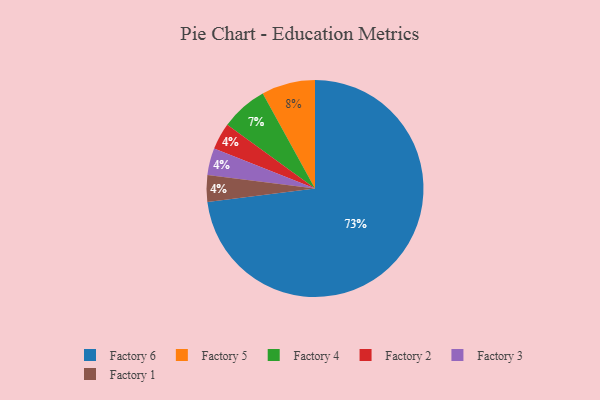
{"axis": {"x": "Category", "y": "Percentage"}, "legend": ["Factory 1", "Factory 2", "Factory 3", "Factory 4", "Factory 5", "Factory 6"], "data": [{"x": "Factory 6", "y": 73, "type": "Factory 6"}, {"x": "Factory 5", "y": 8, "type": "Factory 5"}, {"x": "Factory 2", "y": 4, "type": "Factory 2"}, {"x": "Factory 3", "y": 4, "type": "Factory 3"}, {"x": "Factory 4", "y": 7, "type": "Factory 4"}, {"x": "Factory 1", "y": 4, "type": "Factory 1"}]}